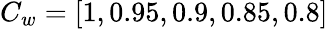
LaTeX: C_{w}=[1,0.95,0.9,0.85,0.8]